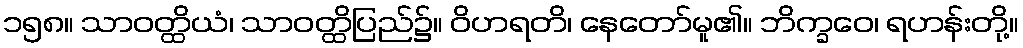
၁၅၈။ သာဝတ္ထိယံ၊ သာဝတ္ထိပြည်၌။ ဝိဟရတိ၊ နေတော်မူ၏။ ဘိက္ခဝေ၊ ရဟန်းတို့။